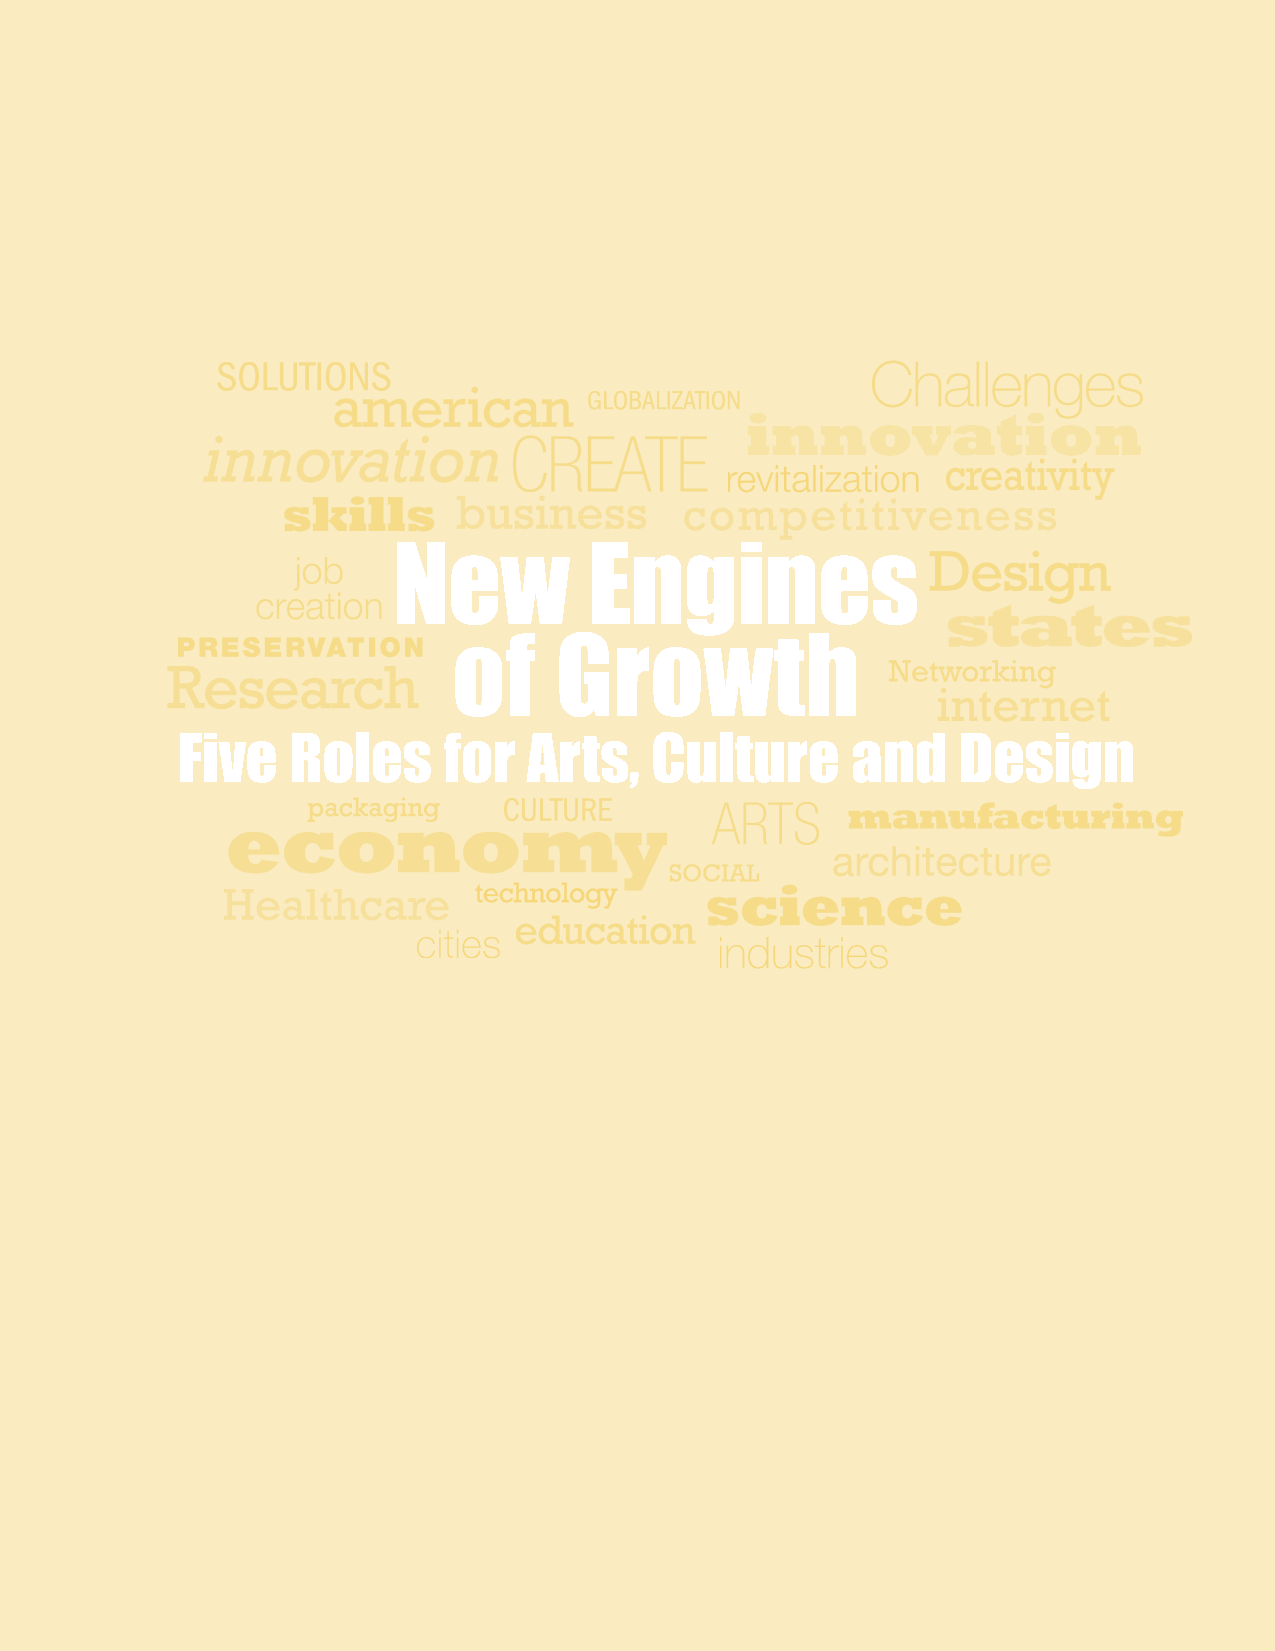
New          Engines
 of     Growth
 Five   Roles     for   Arts,   Culture      and    Design